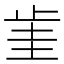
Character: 𣥮